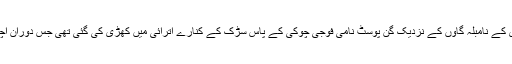
پولیس ذرائع کے مطابق گاڑی اوڑی کے نامبلہ گاوں کے نزدیک گن پوسٹ نامی فوجی چوکی کے پاس سڑک کے کنارے اترائی میں کھڑی کی گئی تھی جس دوران اچانک گاڑی گہرے نالہ میں گر گئی۔